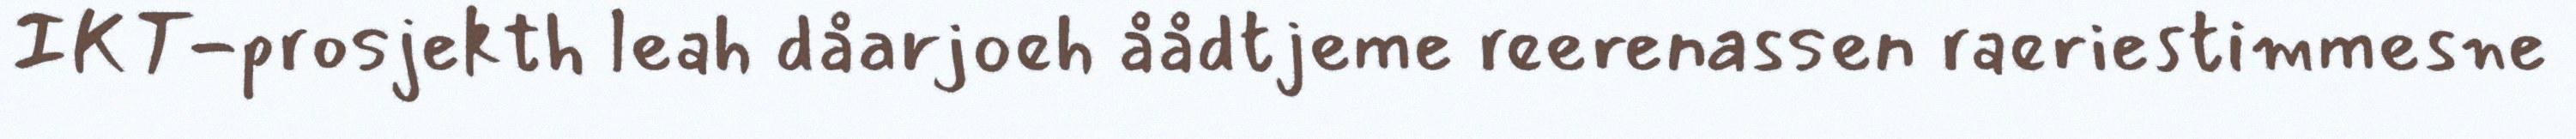
IKT-prosjekth leah dåarjoeh åådtjeme reerenassen raeriestimmesne